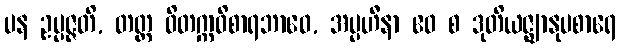
ပန ဥပ္ပဇ္ဇတိ, တတ္ထ ဝိတက္ကဝိစာရဘာဝေ, အပ္ပဟီနာ ဧဝ စ ဒုတိယဇ္ဈာနုပစာရေ